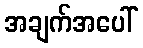
အချက်အပေါ်